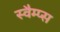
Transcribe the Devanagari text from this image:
स्वैम्प्स